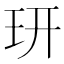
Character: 𤣿